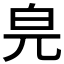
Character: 𤽅